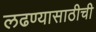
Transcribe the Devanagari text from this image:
लढण्यासाठीची